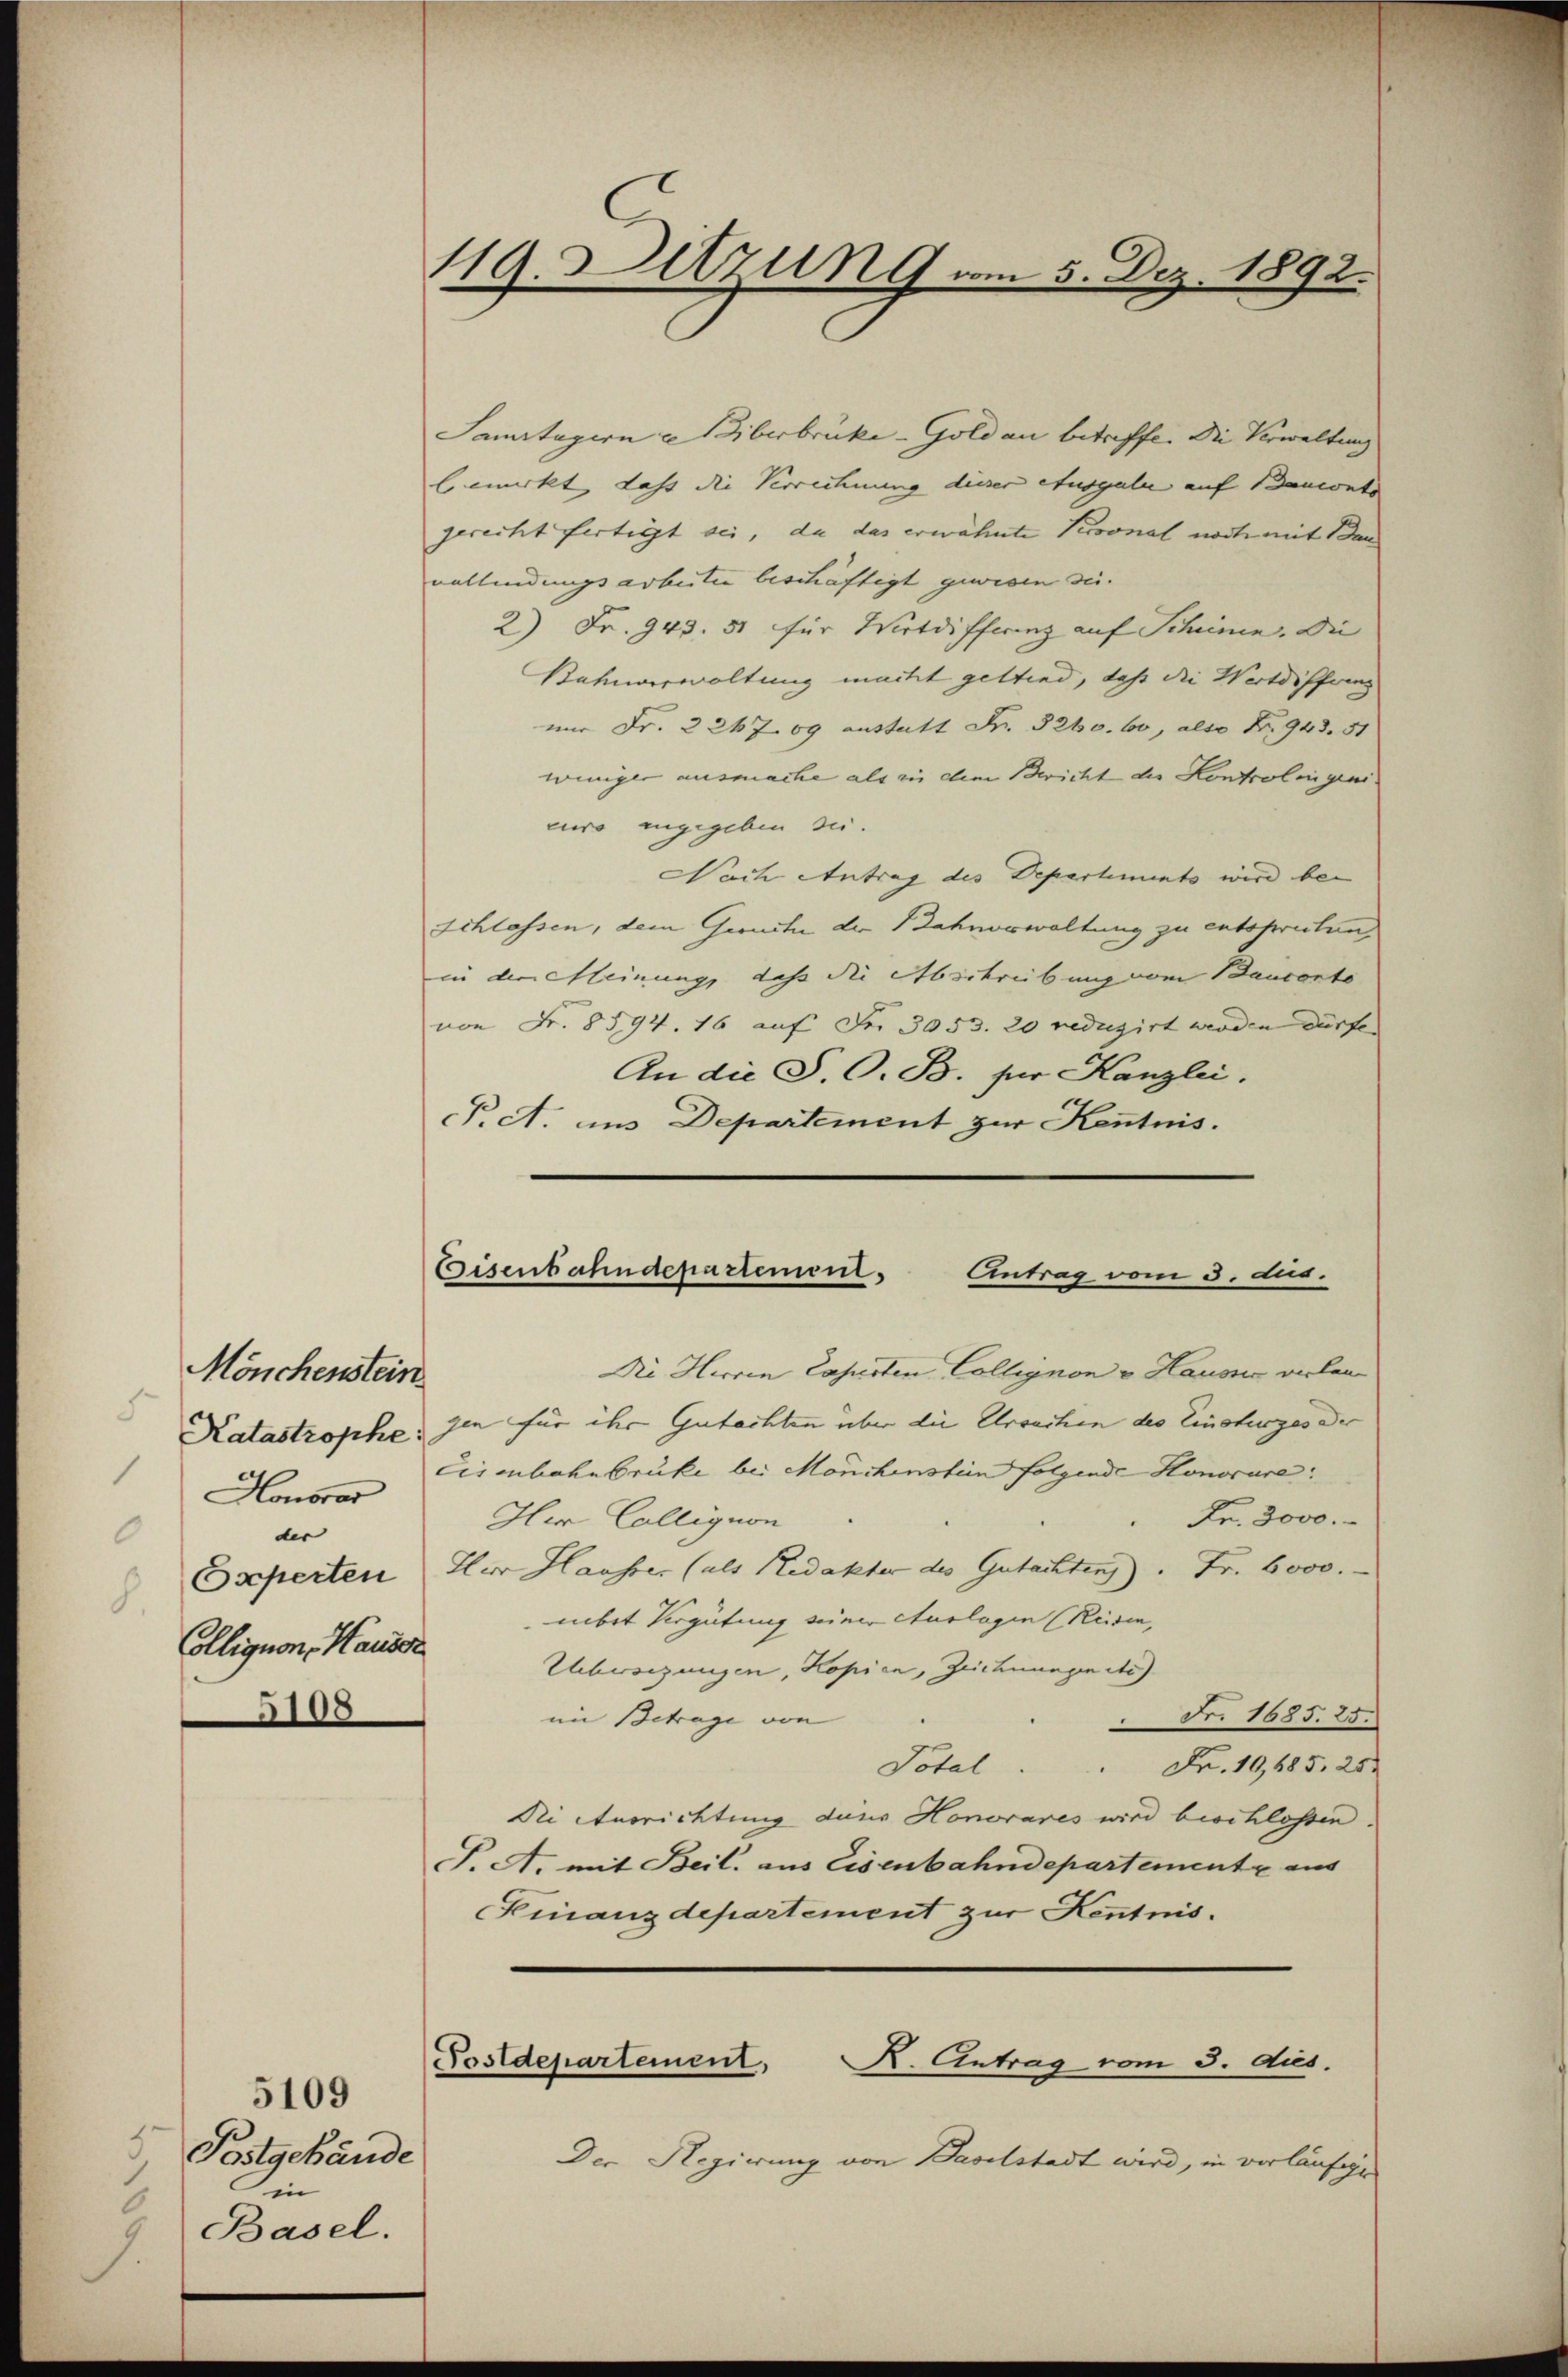
Mönchenstein
Katastrophe:
Honorar
der
Experten
Colligion, Hauser
5108

5109
9.
Postgebände
.
in
6
Basel.

Samrtagern Überbrüke - Gold an betreffe. Die Verwaltung
bemerkt, dass die Verrechnung dieser Ausgalie auf Banconte
gerecht fertigt sei, da das erwähnte Personal noch mit dan
vollendungsarbeite beschäftigt gewesen sei.
2) Fr. 943. 51 für Wirtdifferenz auf Scheinen. Die
Bahnverwaltung macht gettind, daß die Wertdifferenz
nur Fr. 224769 austatt Fr. 3260. 60, also Nr. 948. 51
weniger ausmache als in dem Bericht der Kontrolingeni
curo angegeben sei.
Nach Antrag des Departements wird bei
Schlossen, dem Grudte der Bahnorwaltung zu entspreiten,
in der elleinung, daß die Abschreibung vom Bauconto
von Fr. 8594. 16 auf der 3053. 20 reduzirt werden dürfe. |
An die S. O. B. zur Kanzlei.
P. A. ins Departement zur Kenntnis.

119. Detzung vom 5. Dez. 1892.

Eisenbahndepartement.
Antrag vom 3. dus.

Die Herren Casusten Collegnon v. Hausse verlan
gen für ihr Gutachten über die Ursachen des Einsturzes der
Eisenbahnbrücke bei Mönchenstein folgende Honorare:
Fr. 3000.
Iler Colligion
Her Hausser (als Redakter des Gutachtens . Fr. 6000.
mbet Vergütung seiner Auslagen (Reisen,
Uebersezungen, Kopien, Zeichnungen etc)
 Fr. 1685. 25.
im Betrage von
Potal . . Fr. 16,685. 25
Ni Ausrichtung dans Honorares wird beschlossen.
J. A. mit Beil. aus Eisenbahndepartemente aus
Finanzdepartement zur Kenntnis.
Postdepartement,
K. Antrag vom 3. dies.
Der Regierung von Baselstadt wird, in verläufigen